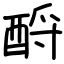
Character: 酹